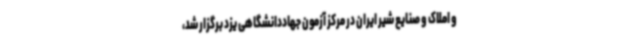
و املاک و صنایع شیر ایران در مرکز آزمون جهاددانشگاهی یزد برگزار شد،